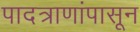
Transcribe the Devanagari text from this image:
पादत्राणांपासून